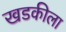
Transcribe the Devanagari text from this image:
खडकीला